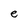
Character: e